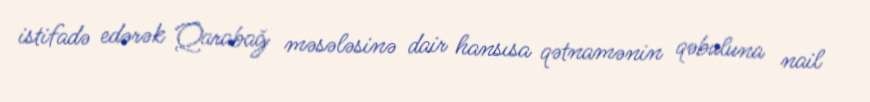
istifadə edərək Qarabağ məsələsinə dair hansısa qətnamənin qəbuluna nail